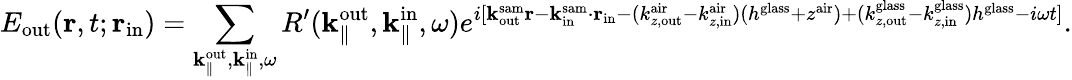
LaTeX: E_{\mathrm{out}}({\mathbf r},t;{\mathbf r}_{\mathrm{in}})=\sum_{{\mathbf k}_{\parallel}^{\mathrm{out}},{\mathbf k}_{\parallel}^{\mathrm{in}},\omega}R^{\prime}({\mathbf k}_{\parallel}^{\mathrm{out}},{\mathbf k}_{\parallel}^{\mathrm{in}},\omega)e^{i[{\mathbf k}_{\mathrm{out}}^{\mathrm{sam}}{\mathbf r}-{\mathbf k}_{\mathrm{in}}^{\mathrm{sam}}\cdot{\mathbf r}_{\mathrm{in}}-(k_{z,\mathrm{out}}^{\mathrm{air}}-k_{z,\mathrm{in}}^{\mathrm{air}})(h^{\mathrm{glass}}+z^{\mathrm{air}})+(k_{z,\mathrm{out}}^{\mathrm{glass}}-k_{z,\mathrm{in}}^{\mathrm{glass}})h^{\mathrm{glass}}-i\omega t]}.